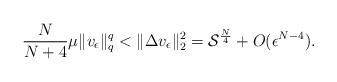
LaTeX: \begin{align*} \frac{N}{N+4}\mu\|v_\epsilon\|_{q}^{q} < \|\Delta v_\epsilon\|_{2}^{2} = \mathcal{S}^{\frac{N}{4}}+O(\epsilon^{N-4}). \end{align*}